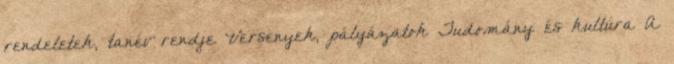
rendeletek, tanév rendje Versenyek, pályázatok Tudomány és kultúra A